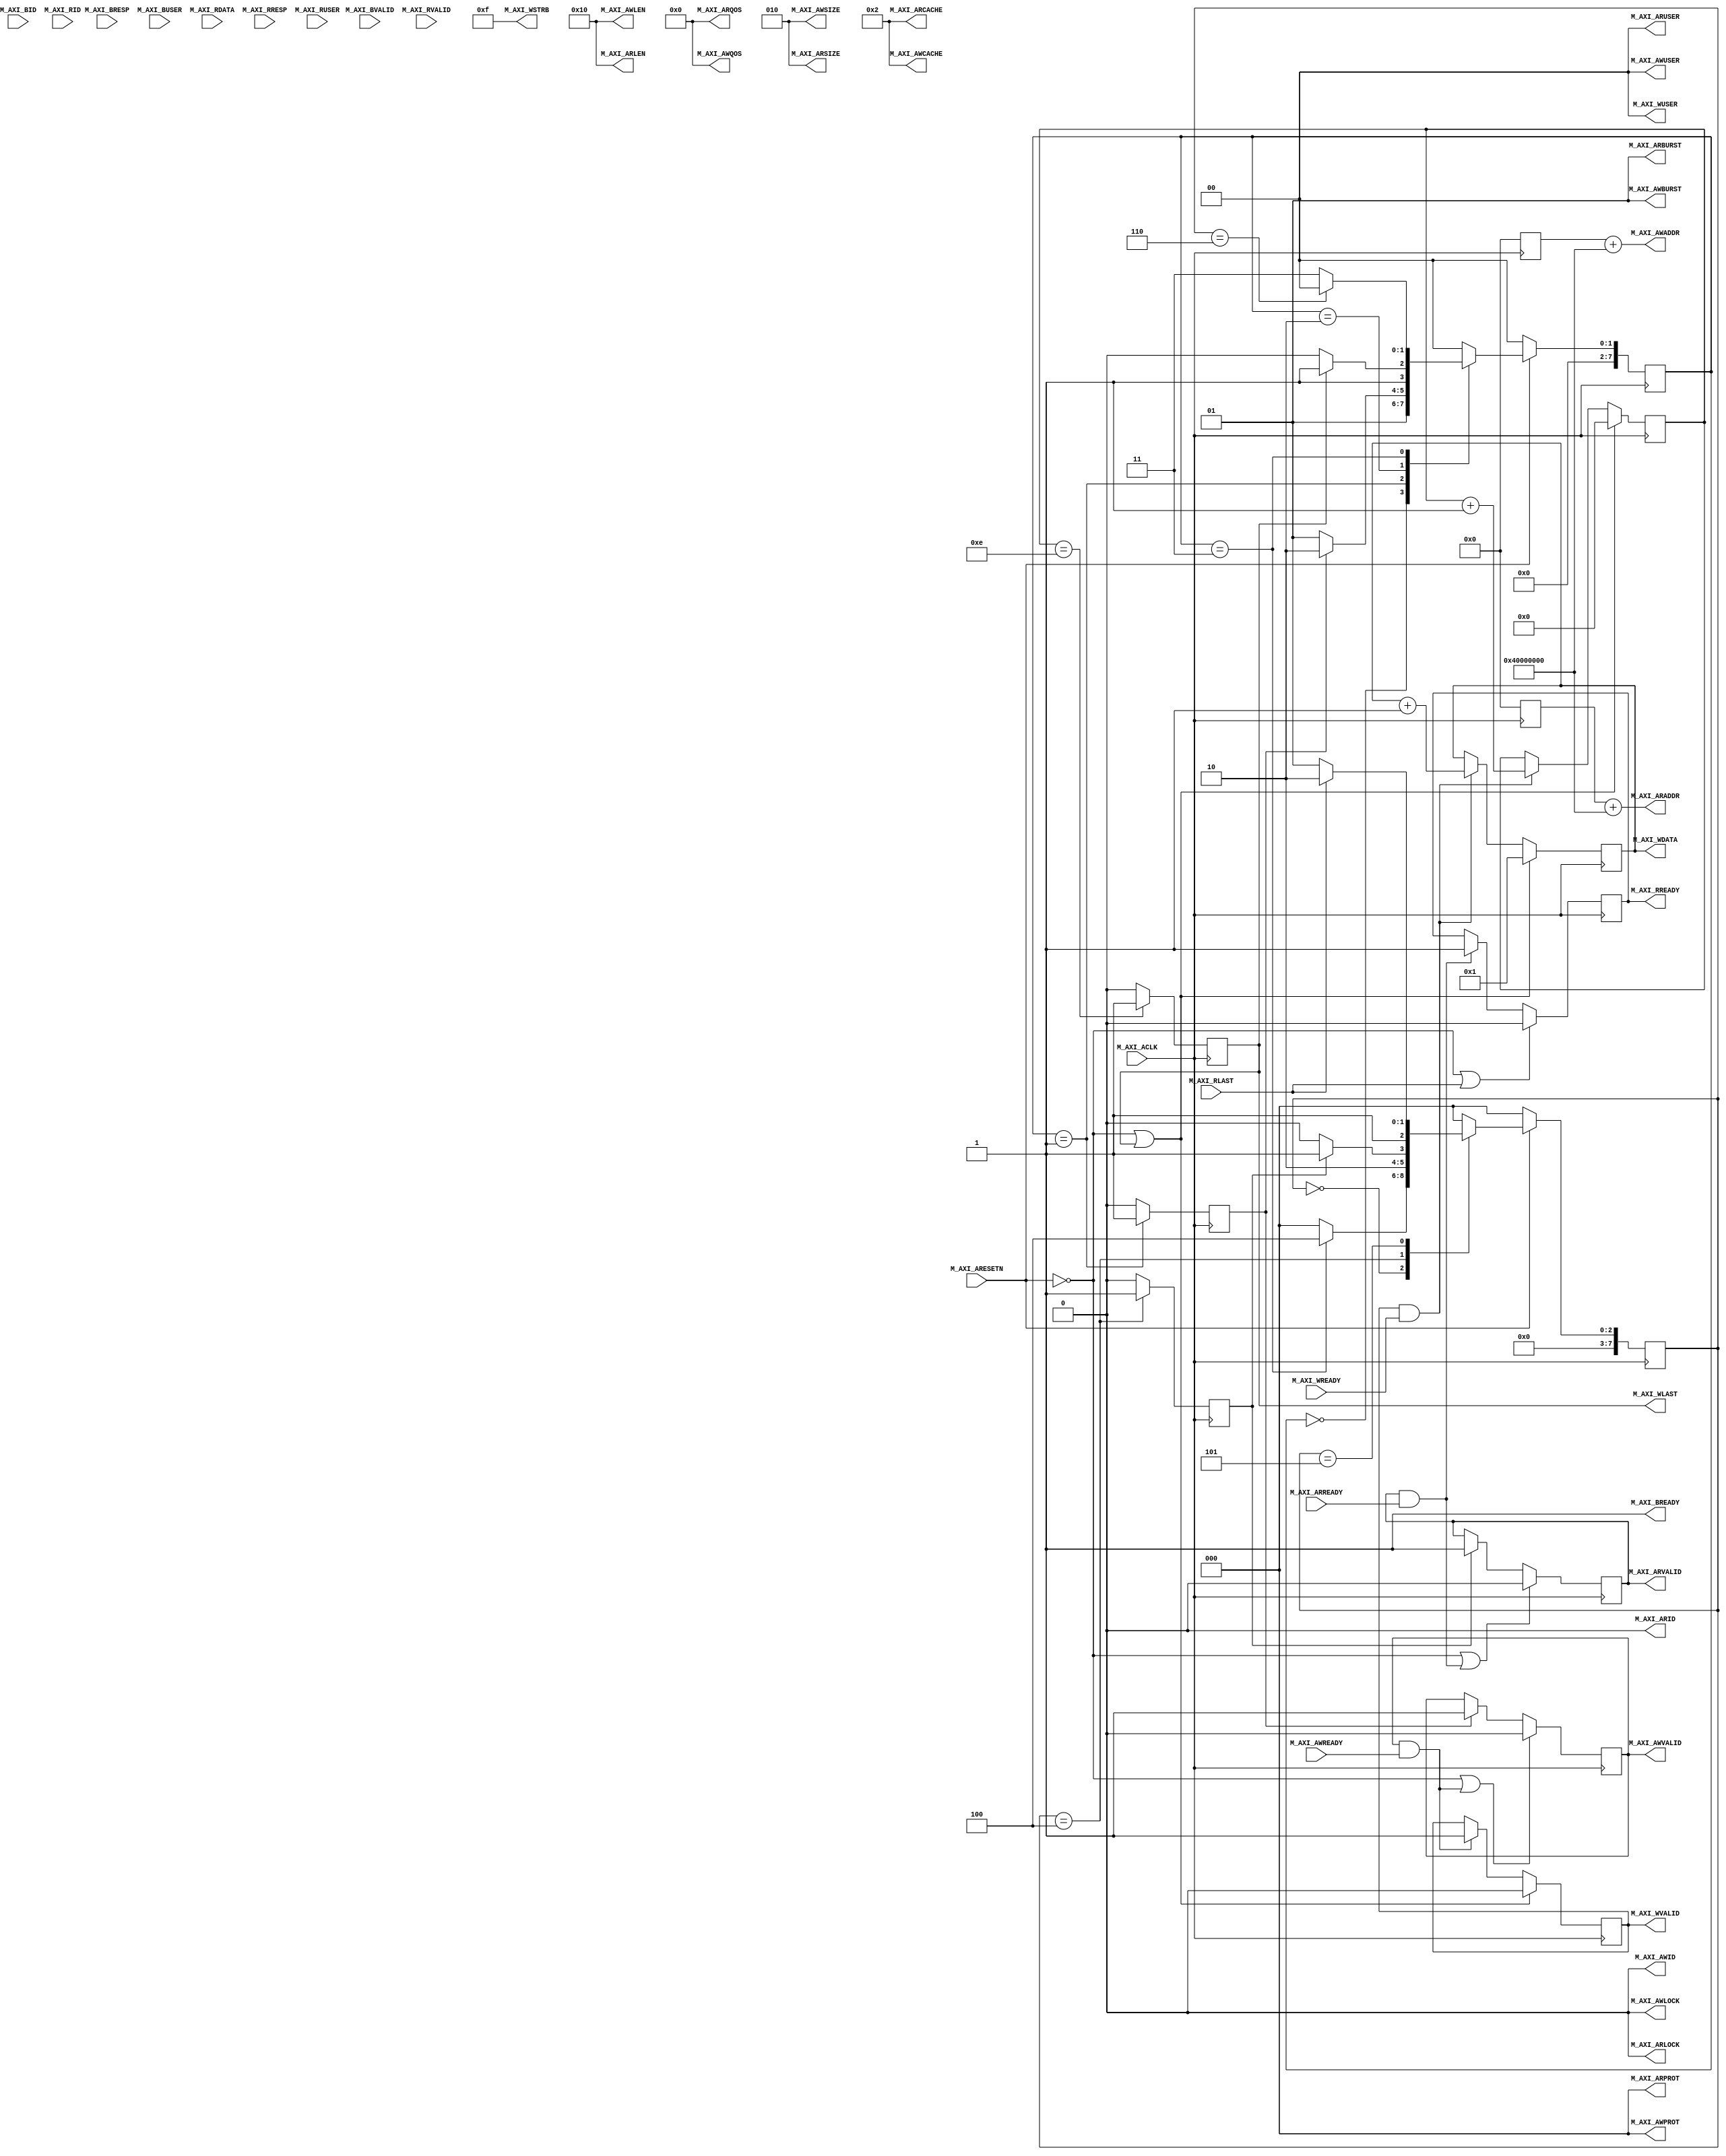
module AXI_FULL_M_module#(
    	parameter  C_M_TARGET_SLAVE_BASE_ADDR	= 32'h40000000,
		parameter integer C_M_AXI_BURST_LEN	    = 16,//1,2,48163264128256
		parameter integer C_M_AXI_ID_WIDTH	    = 1,
		parameter integer C_M_AXI_ADDR_WIDTH	= 32,
		parameter integer C_M_AXI_DATA_WIDTH	= 32,
		parameter integer C_M_AXI_AWUSER_WIDTH	= 0,
		parameter integer C_M_AXI_ARUSER_WIDTH	= 0,
		parameter integer C_M_AXI_WUSER_WIDTH	= 0,
		parameter integer C_M_AXI_RUSER_WIDTH	= 0,
		parameter integer C_M_AXI_BUSER_WIDTH	= 0 
)(
        input  wire                                  M_AXI_ACLK      ,
		input  wire                                  M_AXI_ARESETN   ,

		output wire [C_M_AXI_ID_WIDTH-1 : 0]        M_AXI_AWID      ,
		output wire [C_M_AXI_ADDR_WIDTH-1 : 0]      M_AXI_AWADDR    ,
		output wire [7 : 0]                         M_AXI_AWLEN     ,
		output wire [2 : 0]                         M_AXI_AWSIZE    ,
		output wire [1 : 0]                         M_AXI_AWBURST   ,
		output wire                                 M_AXI_AWLOCK    ,
		output wire [3 : 0]                         M_AXI_AWCACHE   ,
		output wire [2 : 0]                         M_AXI_AWPROT    ,
		output wire [3 : 0]                         M_AXI_AWQOS     ,
		output wire [C_M_AXI_AWUSER_WIDTH-1 : 0]    M_AXI_AWUSER    ,
		output wire                                 M_AXI_AWVALID   ,
		input  wire                                  M_AXI_AWREADY   ,

		output wire [C_M_AXI_DATA_WIDTH-1 : 0]      M_AXI_WDATA     ,
		output wire [C_M_AXI_DATA_WIDTH/8-1 : 0]    M_AXI_WSTRB     ,
		output wire                                 M_AXI_WLAST     ,
		output wire [C_M_AXI_WUSER_WIDTH-1 : 0]     M_AXI_WUSER     ,
		output wire                                 M_AXI_WVALID    ,
		input  wire                                  M_AXI_WREADY    ,

		input  wire [C_M_AXI_ID_WIDTH-1 : 0]         M_AXI_BID       ,
		input  wire [1 : 0]                          M_AXI_BRESP     ,
		input  wire [C_M_AXI_BUSER_WIDTH-1 : 0]      M_AXI_BUSER     ,
		input  wire                                  M_AXI_BVALID    ,
		output wire                                 M_AXI_BREADY    ,

		output wire [C_M_AXI_ID_WIDTH-1 : 0]        M_AXI_ARID      ,
		output wire [C_M_AXI_ADDR_WIDTH-1 : 0]      M_AXI_ARADDR    ,
		output wire [7 : 0]                         M_AXI_ARLEN     ,
		output wire [2 : 0]                         M_AXI_ARSIZE    ,
		output wire [1 : 0]                         M_AXI_ARBURST   ,
		output wire                                 M_AXI_ARLOCK    ,
		output wire [3 : 0]                         M_AXI_ARCACHE   ,
		output wire [2 : 0]                         M_AXI_ARPROT    ,
		output wire [3 : 0]                         M_AXI_ARQOS     ,
		output wire [C_M_AXI_ARUSER_WIDTH-1 : 0]    M_AXI_ARUSER    ,
		output wire                                 M_AXI_ARVALID   ,
		input  wire                                  M_AXI_ARREADY   ,

		input  wire [C_M_AXI_ID_WIDTH-1 : 0]         M_AXI_RID       ,
		input  wire [C_M_AXI_DATA_WIDTH-1 : 0]       M_AXI_RDATA     ,
		input  wire [1 : 0]                          M_AXI_RRESP     ,
		input  wire                                  M_AXI_RLAST     ,
		input  wire [C_M_AXI_RUSER_WIDTH-1 : 0]      M_AXI_RUSER     ,
		input  wire                                  M_AXI_RVALID    ,
		output wire                                 M_AXI_RREADY
);

/******************************************************/
//
function integer clogb2(input integer number);
begin
    for(clogb2 = 0 ; number > 0 ; clogb2 = clogb2 + 1 )
        number = number >> 1;
    end
endfunction

/*************************************************/
parameter   P_ST_IDLE        = 'd0 ,

            P_ST_WRITE_START = 'd1 ,
            P_ST_WRITE_TRANS = 'd2 ,
            P_ST_WRITE_END   = 'd3 ,

            P_ST_READ_START  = 'd4 ,
            P_ST_READ_TRANS  = 'd5 ,
            P_ST_READ_END    = 'd6 ;

/***********************************************/
reg [7:0]  r_st_current_write    ;
reg [7:0]  r_st_next_write       ;

reg [7:0]  r_st_current_read     ;
reg [7:0]  r_st_next_read        ;

/***********************************************/
reg  [C_M_AXI_ADDR_WIDTH - 1 : 0] r_m_axi_awaddr        ;
reg                               r_m_axi_awvalid       ;
reg  [C_M_AXI_DATA_WIDTH - 1 : 0] r_m_axi_wdata         ;
reg                               r_m_axi_wlast         ;
reg                               r_m_axi_wvalid        ;
reg  [C_M_AXI_ADDR_WIDTH - 1 : 0] r_m_axi_araddr        ;
reg                               r_m_axi_arvalid       ;
reg                               r_m_axi_rready        ;
reg                               r_write_start         ;
reg                               r_read_start          ;
reg [7:0]                         r_burst_cnt           ;
reg [C_M_AXI_DATA_WIDTH - 1 : 0]  r_axi_read_data       ;
/***********************************************/
wire   w_system_rst                                     ;
wire   w_write_last                                     ;

/*********************************************/
assign M_AXI_AWID    = 'd0                              ;
assign M_AXI_AWLEN   =  C_M_AXI_BURST_LEN               ;
assign M_AXI_AWSIZE  =  clogb2(C_M_AXI_DATA_WIDTH/8 -1) ;
assign M_AXI_AWBURST =  2'b01                           ;
assign M_AXI_AWLOCK  =  'd0                             ;
assign M_AXI_AWCACHE =  4'b0010                         ;
assign M_AXI_AWPROT  =  'd0                             ;
assign M_AXI_AWQOS   =  'd0                             ;
assign M_AXI_AWUSER  =  'd0                             ;
assign M_AXI_AWADDR  = r_m_axi_awaddr + C_M_TARGET_SLAVE_BASE_ADDR ;
assign M_AXI_AWVALID = r_m_axi_awvalid                  ;

assign M_AXI_WSTRB   = {C_M_AXI_DATA_WIDTH{1'b1}}       ;
assign M_AXI_WUSER   = 'd0                              ;
assign M_AXI_WDATA   = r_m_axi_wdata                    ; 

assign M_AXI_WLAST   = (C_M_AXI_BURST_LEN == 1) ? w_write_last : r_m_axi_wlast ; 

assign M_AXI_WVALID  = r_m_axi_wvalid                   ;

assign M_AXI_BREADY  = 1'b1                             ; 

assign M_AXI_ARID    = 'd0                              ;
assign M_AXI_ARADDR  = r_m_axi_araddr + C_M_TARGET_SLAVE_BASE_ADDR;
assign M_AXI_ARLEN   = C_M_AXI_BURST_LEN                ;
assign M_AXI_ARSIZE  = clogb2(C_M_AXI_DATA_WIDTH/8 -1)  ;
assign M_AXI_ARBURST = 2'b01                            ;
assign M_AXI_ARLOCK  = 'd0                              ;
assign M_AXI_ARCACHE = 4'b0010                          ;
assign M_AXI_ARPROT  = 'd0                              ;
assign M_AXI_ARQOS   = 'd0                              ;
assign M_AXI_ARUSER  = 'd0                              ;
assign M_AXI_ARVALID = r_m_axi_arvalid                  ;

assign M_AXI_RREADY  = r_m_axi_rready                   ;

assign w_system_rst  = ~M_AXI_ARESETN                   ;
assign w_write_last  = M_AXI_WVALID && M_AXI_WREADY     ;
/*************************************************/


/*************************************************/
always@(posedge M_AXI_ACLK)
    if(w_system_rst ||M_AXI_AWVALID && M_AXI_AWREADY)
        r_m_axi_awvalid <= 'd0;
    else if(r_write_start)
        r_m_axi_awvalid <= 'd1; 
    else 
        r_m_axi_awvalid <= r_m_axi_awvalid;

always@(posedge M_AXI_ACLK)
    if(r_write_start)
        r_m_axi_awaddr <= 'd0;
    else 
        r_m_axi_awaddr <= 'd0;

always@(posedge M_AXI_ACLK)
    if(w_system_rst ||M_AXI_WLAST )
        r_m_axi_wvalid <= 'd0;
    else if(M_AXI_AWVALID && M_AXI_AWREADY)
        r_m_axi_wvalid <= 'd1;
    else 
        r_m_axi_wvalid <= r_m_axi_wvalid;

always@(posedge M_AXI_ACLK)
    if(w_system_rst || M_AXI_WLAST)
        r_m_axi_wdata <= 'd1;
    else if(M_AXI_WVALID && M_AXI_WREADY)
        r_m_axi_wdata <= r_m_axi_wdata + 1;
    else 
        r_m_axi_wdata <= r_m_axi_wdata;

always@(posedge M_AXI_ACLK)
    //burst len > 2
    if(C_M_AXI_BURST_LEN == 1)
        r_m_axi_wlast <= 0;
    else if(C_M_AXI_BURST_LEN == 2 && (M_AXI_WVALID && M_AXI_WREADY && !r_m_axi_wlast))
        r_m_axi_wlast <= M_AXI_WVALID  & M_AXI_WREADY;
    else if(C_M_AXI_BURST_LEN > 2 && r_burst_cnt == C_M_AXI_BURST_LEN - 2)
        r_m_axi_wlast <= 'd1;
    else
        r_m_axi_wlast <= 'd0;

always@(posedge M_AXI_ACLK)
    if(w_system_rst || M_AXI_WLAST)
        r_burst_cnt <= 'd0;
    else if(M_AXI_WVALID && M_AXI_WREADY)
        r_burst_cnt <= r_burst_cnt + 1;
    else
        r_burst_cnt <= r_burst_cnt;

/*---------------------------------------------------*/
always@(posedge M_AXI_ACLK)
    if(w_system_rst || (M_AXI_ARVALID && M_AXI_ARREADY))
        r_m_axi_arvalid <= 'd0;
    else if(r_read_start)
        r_m_axi_arvalid <= 'd1;
    else
        r_m_axi_arvalid <= r_m_axi_arvalid;
    

always@(posedge M_AXI_ACLK)
    if(r_read_start)
        r_m_axi_araddr <= 'd0;
    else
        r_m_axi_araddr <= 'd0;
    
always@(posedge M_AXI_ACLK)
    if(w_system_rst || M_AXI_RLAST)
        r_m_axi_rready <= 'd0;
    else if(M_AXI_ARVALID && M_AXI_ARREADY)
        r_m_axi_rready <= 'd1;
    else
        r_m_axi_rready <= r_m_axi_rready;

always@(posedge M_AXI_ACLK)
    if(M_AXI_RVALID && M_AXI_RREADY)
        r_axi_read_data <= M_AXI_RDATA;
    else
        r_axi_read_data <= r_axi_read_data;

/*--------------------------------*/
always@(posedge M_AXI_ACLK)
    if(w_system_rst)
        r_st_current_write <= P_ST_IDLE         ;
    else 
        r_st_current_write <= r_st_next_write   ;

always@(*)
    case(r_st_current_write)
        P_ST_IDLE        : r_st_next_write = P_ST_WRITE_START ;
        P_ST_WRITE_START : r_st_next_write = r_write_start ? P_ST_WRITE_TRANS : P_ST_WRITE_START ;
        P_ST_WRITE_TRANS : r_st_next_write = M_AXI_WLAST   ? P_ST_WRITE_END   : P_ST_WRITE_TRANS ;
        P_ST_WRITE_END   : r_st_next_write = (r_st_current_read == P_ST_READ_END) ? P_ST_IDLE : P_ST_WRITE_END;
        default          : r_st_next_write = P_ST_IDLE ;
    endcase
    
always@(posedge M_AXI_ACLK)
    if(r_st_current_write == P_ST_WRITE_START)
        r_write_start <= 'd1;
    else 
        r_write_start <= 'd0;

/*--------------------------------*/
always@(posedge M_AXI_ACLK)
    if(w_system_rst)
        r_st_current_read <= P_ST_IDLE         ;
    else 
        r_st_current_read <= r_st_next_read   ;

always@(*)
    case(r_st_current_read)
        P_ST_IDLE        : r_st_next_read = (r_st_current_write == P_ST_WRITE_END) ? P_ST_READ_START  : P_ST_IDLE;
        P_ST_READ_START  : r_st_next_read = r_read_start ? P_ST_READ_TRANS : P_ST_READ_START;
        P_ST_READ_TRANS  : r_st_next_read = M_AXI_RLAST  ? P_ST_READ_END   : P_ST_READ_TRANS ;
        P_ST_READ_END    : r_st_next_read = P_ST_IDLE ;
        default          : r_st_next_read = P_ST_IDLE ;
    endcase

always@(posedge M_AXI_ACLK)
    if(r_st_current_read == P_ST_READ_START)
        r_read_start <= 'd1;
    else 
        r_read_start <= 'd0;
    

endmodule